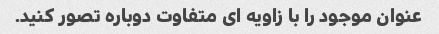
عنوان موجود را با زاویه ای متفاوت دوباره تصور کنید.